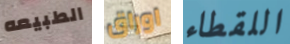
الطبيعه اوراق اللقطاء